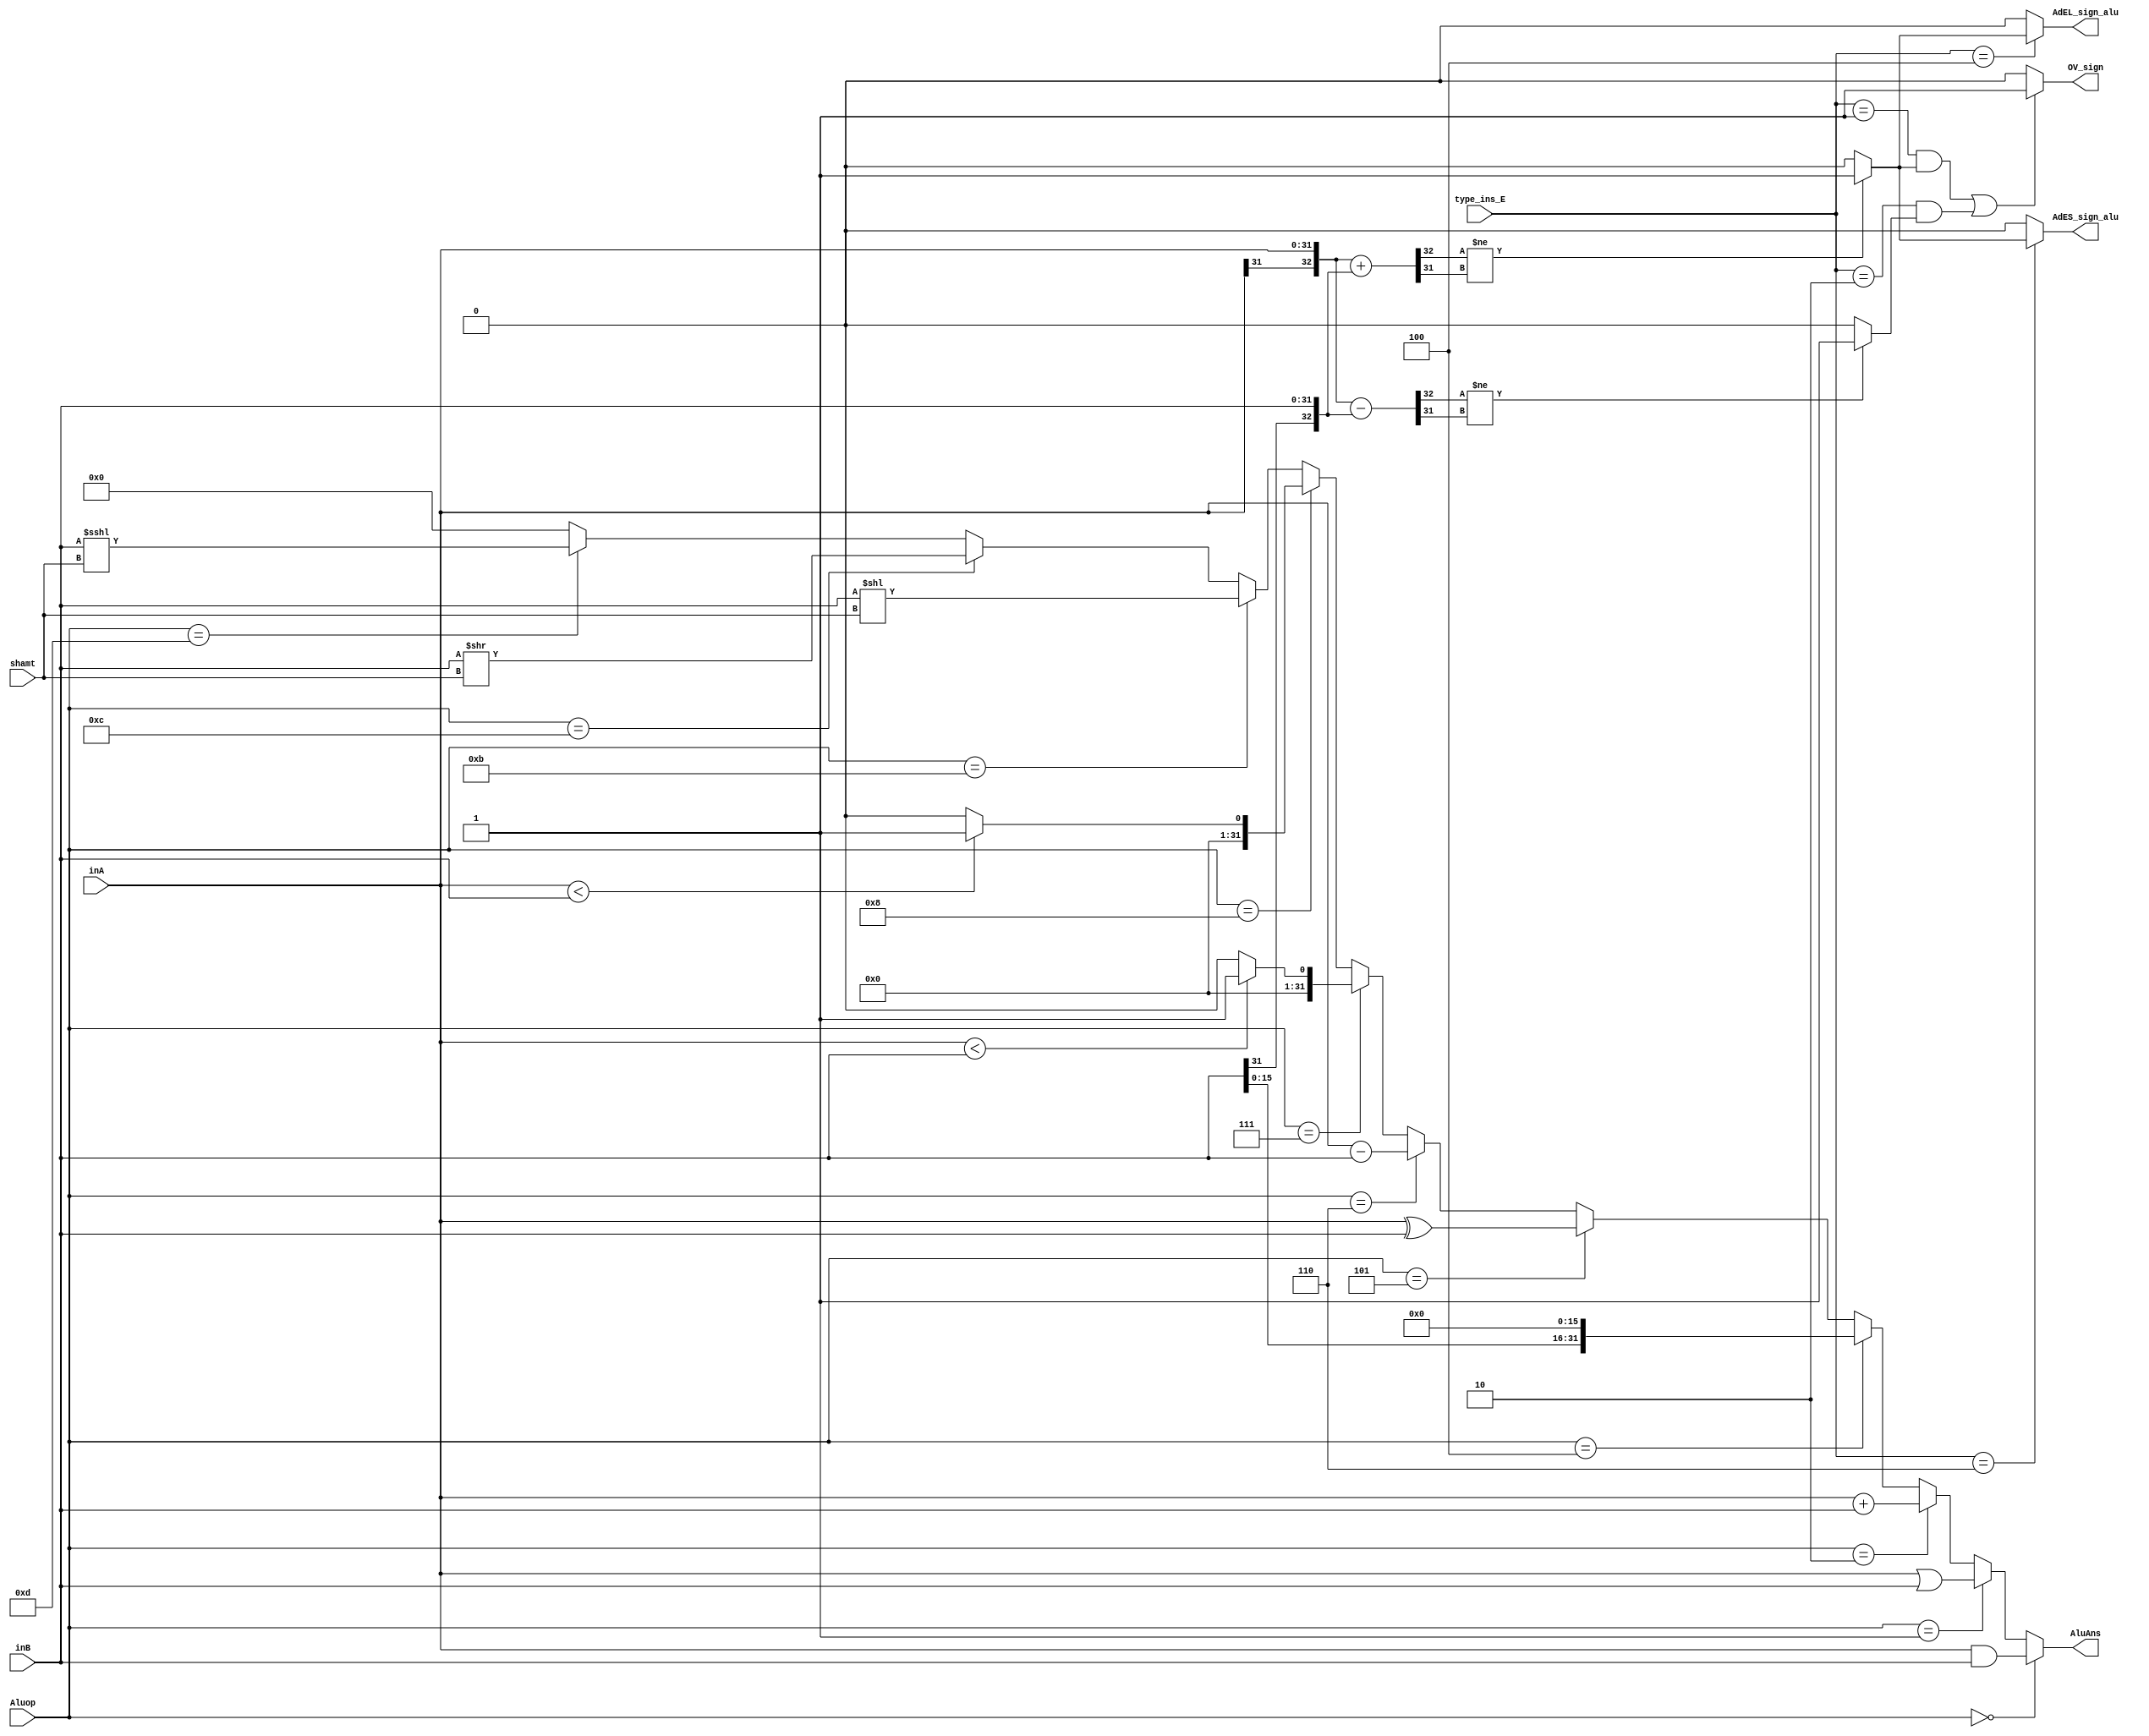
`timescale 1ns / 1ps
module ALU (
    input [3:0]Aluop,
    input [31:0]inA,
    input [31:0]inB,
    input [4:0]shamt,
    output [31:0]AluAns ,
    output OV_sign,
    output AdEL_sign_alu,
    output AdES_sign_alu,
    input [2:0]type_ins_E
);
//01addaddi 010sub100load110store
wire [31:0]signB;
assign signB=$signed (inB)<<<shamt ;
wire [31:0]slt_ans;
wire [31:0]sltu_ans;
assign AluAns=(Aluop==0)?inA&inB:
              (Aluop==1)?inA|inB:
              (Aluop==2)?inA+inB:
              (Aluop==4)?inB<<16:
              (Aluop==5)?inA^inB:
              (Aluop==6)?inA-inB:
				  (Aluop==7)?slt_ans:
				  (Aluop==8)?sltu_ans:
              (Aluop==11)?inB<<shamt:
              (Aluop==12)?inB>>shamt:
              (Aluop==13)? signB:0;
assign slt_ans=($signed(inA)<$signed(inB))?32'b1:32'b0;
assign sltu_ans=(inA<inB)?32'b1:32'b0;

wire [32:0] over_inA;
wire [32:0] over_inB;
wire [32:0] over_ans_add;
wire [32:0] over_ans_sub;
assign over_inA={inA[31],inA};
assign over_inB={inB[31],inB};
assign over_ans_add=over_inA+over_inB;
assign over_ans_sub=over_inA-over_inB;
wire over_add_sign;//
wire over_sub_sign;
//
assign over_add_sign=(over_ans_add[32]!=over_ans_add[31])?1'b1:1'b0;
assign over_sub_sign=(over_ans_sub[32]!=over_ans_sub[31])?1'b1:1'b0;
assign AdEL_sign_alu=(type_ins_E==3'b100)?over_add_sign:1'b0;
assign AdES_sign_alu=(type_ins_E==3'b110)?over_add_sign:1'b0;
assign OV_sign=((type_ins_E==3'b001&&over_add_sign==1)||(type_ins_E==3'b010&&over_sub_sign==1))?1'b1:1'b0;
endmodule //ALU